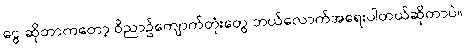
ငွေ ဆိုတာကတော့ ဝိညာဥ်ကျောက်တုံးတွေ ဘယ်လောက်အရေးပါတယ်ဆိုတာပဲ။